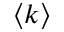
\langle k \rangle